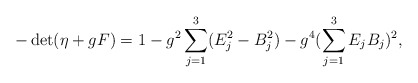
\begin{align*}-\det(\eta+gF)=1-g^2\sum_{j=1}^3(E_j^2-B_j^2)-g^4(\sum_{j=1}^3E_jB_j)^2,\end{align*}